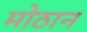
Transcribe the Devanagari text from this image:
मोठान